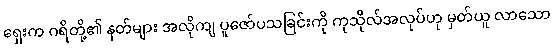
ရှေးက ဂရိတို့၏ နတ်များ အလိုကျ ပူဇော်ပသခြင်းကို ကုသိုလ်အလုပ်ဟု မှတ်ယူ လာသော